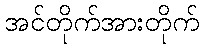
အင်တိုက်အားတိုက်